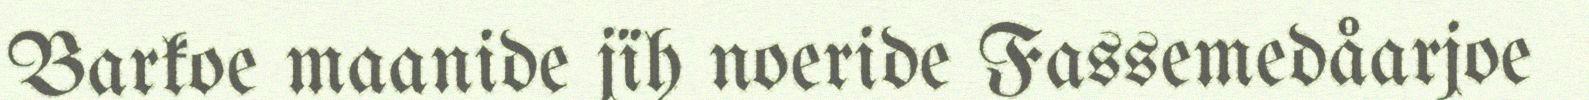
Barkoe maanide jïh noeride Fassemedåarjoe